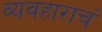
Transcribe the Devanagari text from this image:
व्यवहाराचं